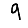
Digit: 9